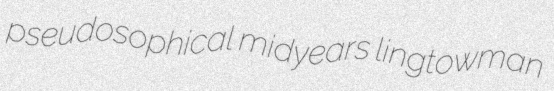
pseudosophical midyears lingtowman